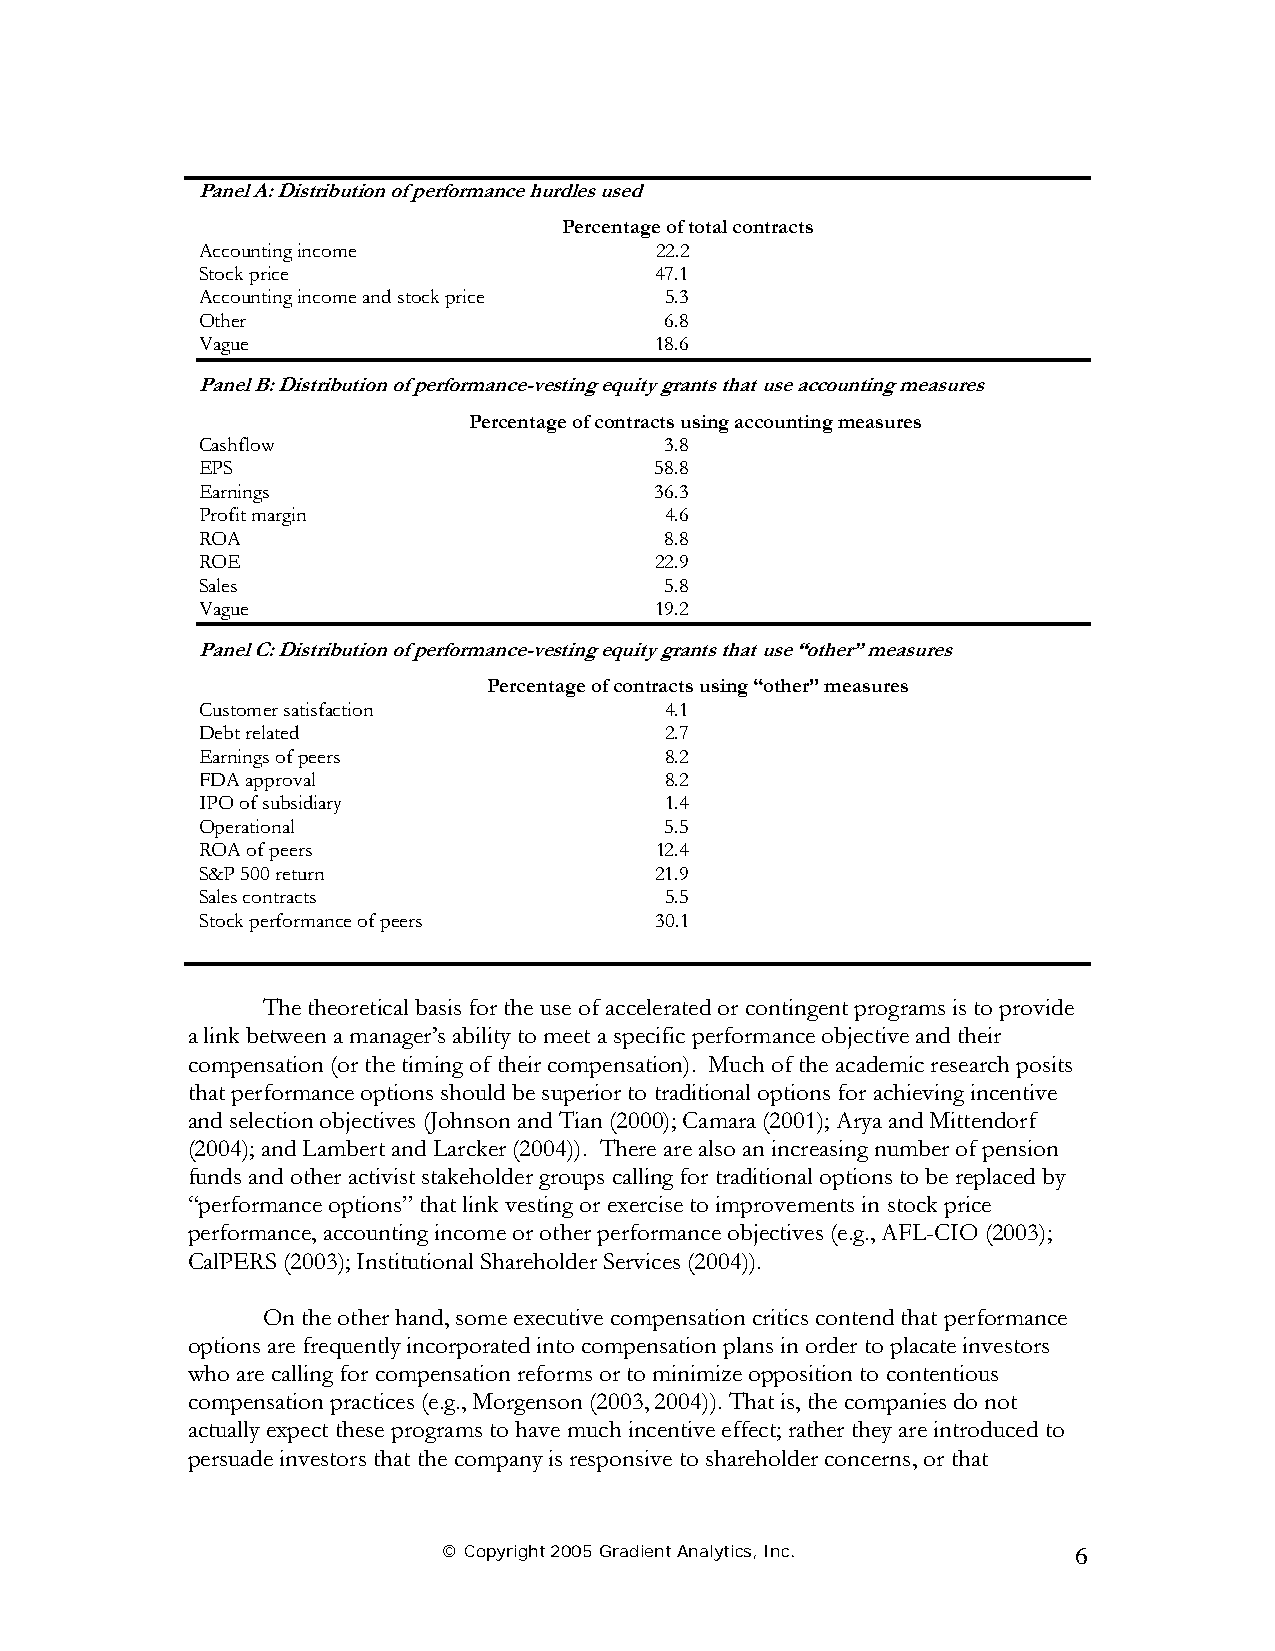
Panel A: Distribution of performance hurdles used
 Percentage of total contracts
 Accounting income             22.2
 Stock price                   47.1
 Accounting income and stock price 5.3
 Other                          6.8
 Vague                         18.6
 Panel B: Distribution of performance-vesting equity grants that use accounting measures
 Percentage of contracts using accounting measures
 Cashflow                       3.8
 EPS                           58.8
 Earnings                      36.3
 Profit margin                  4.6
 ROA                            8.8
 ROE                           22.9
 Sales                          5.8
 Vague                         19.2
 Panel C: Distribution of performance-vesting equity grants that use “other” measures
 Percentage of contracts using “other” measures
 Customer satisfaction          4.1
 Debt related                   2.7
 Earnings of peers              8.2
 FDA approval                   8.2
 IPO of subsidiary              1.4
 Operational                    5.5
 ROA of peers                  12.4
 S&P 500 return                21.9
 Sales contracts                5.5
 Stock performance of peers    30.1
 The theoretical basis for the use of accelerated or contingent programs is to provide
 a link between a manager’s ability to meet a specific performance objective and their
 compensation (or the timing of their compensation). Much of the academic research posits
 that performance options should be superior to traditional options for achieving incentive
 and selection objectives (Johnson and Tian (2000); Camara (2001); Arya and Mittendorf
 (2004); and Lambert and Larcker (2004)). There are also an increasing number of pension
 funds and other activist stakeholder groups calling for traditional options to be replaced by
 “performance options” that link vesting or exercise to improvements in stock price
 performance, accounting income or other performance objectives (e.g., AFL-CIO (2003);
 CalPERS (2003); Institutional Shareholder Services (2004)).
 On the other hand, some executive compensation critics contend that performance
 options are frequently incorporated into compensation plans in order to placate investors
 who are calling for compensation reforms or to minimize opposition to contentious
 compensation practices (e.g., Morgenson (2003, 2004)). That is, the companies do not
 actually expect these programs to have much incentive effect; rather they are introduced to
 persuade investors that the company is responsive to shareholder concerns, or that
 © Copyright 2005 Gradient Analytics, Inc. 6